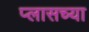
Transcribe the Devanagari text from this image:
प्लासच्या